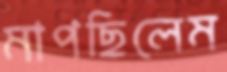
মাপছিলেম